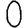
Digit: 0